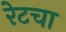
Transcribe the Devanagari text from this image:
रेटचा